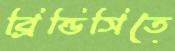
ব্রিন্ডিসিতে